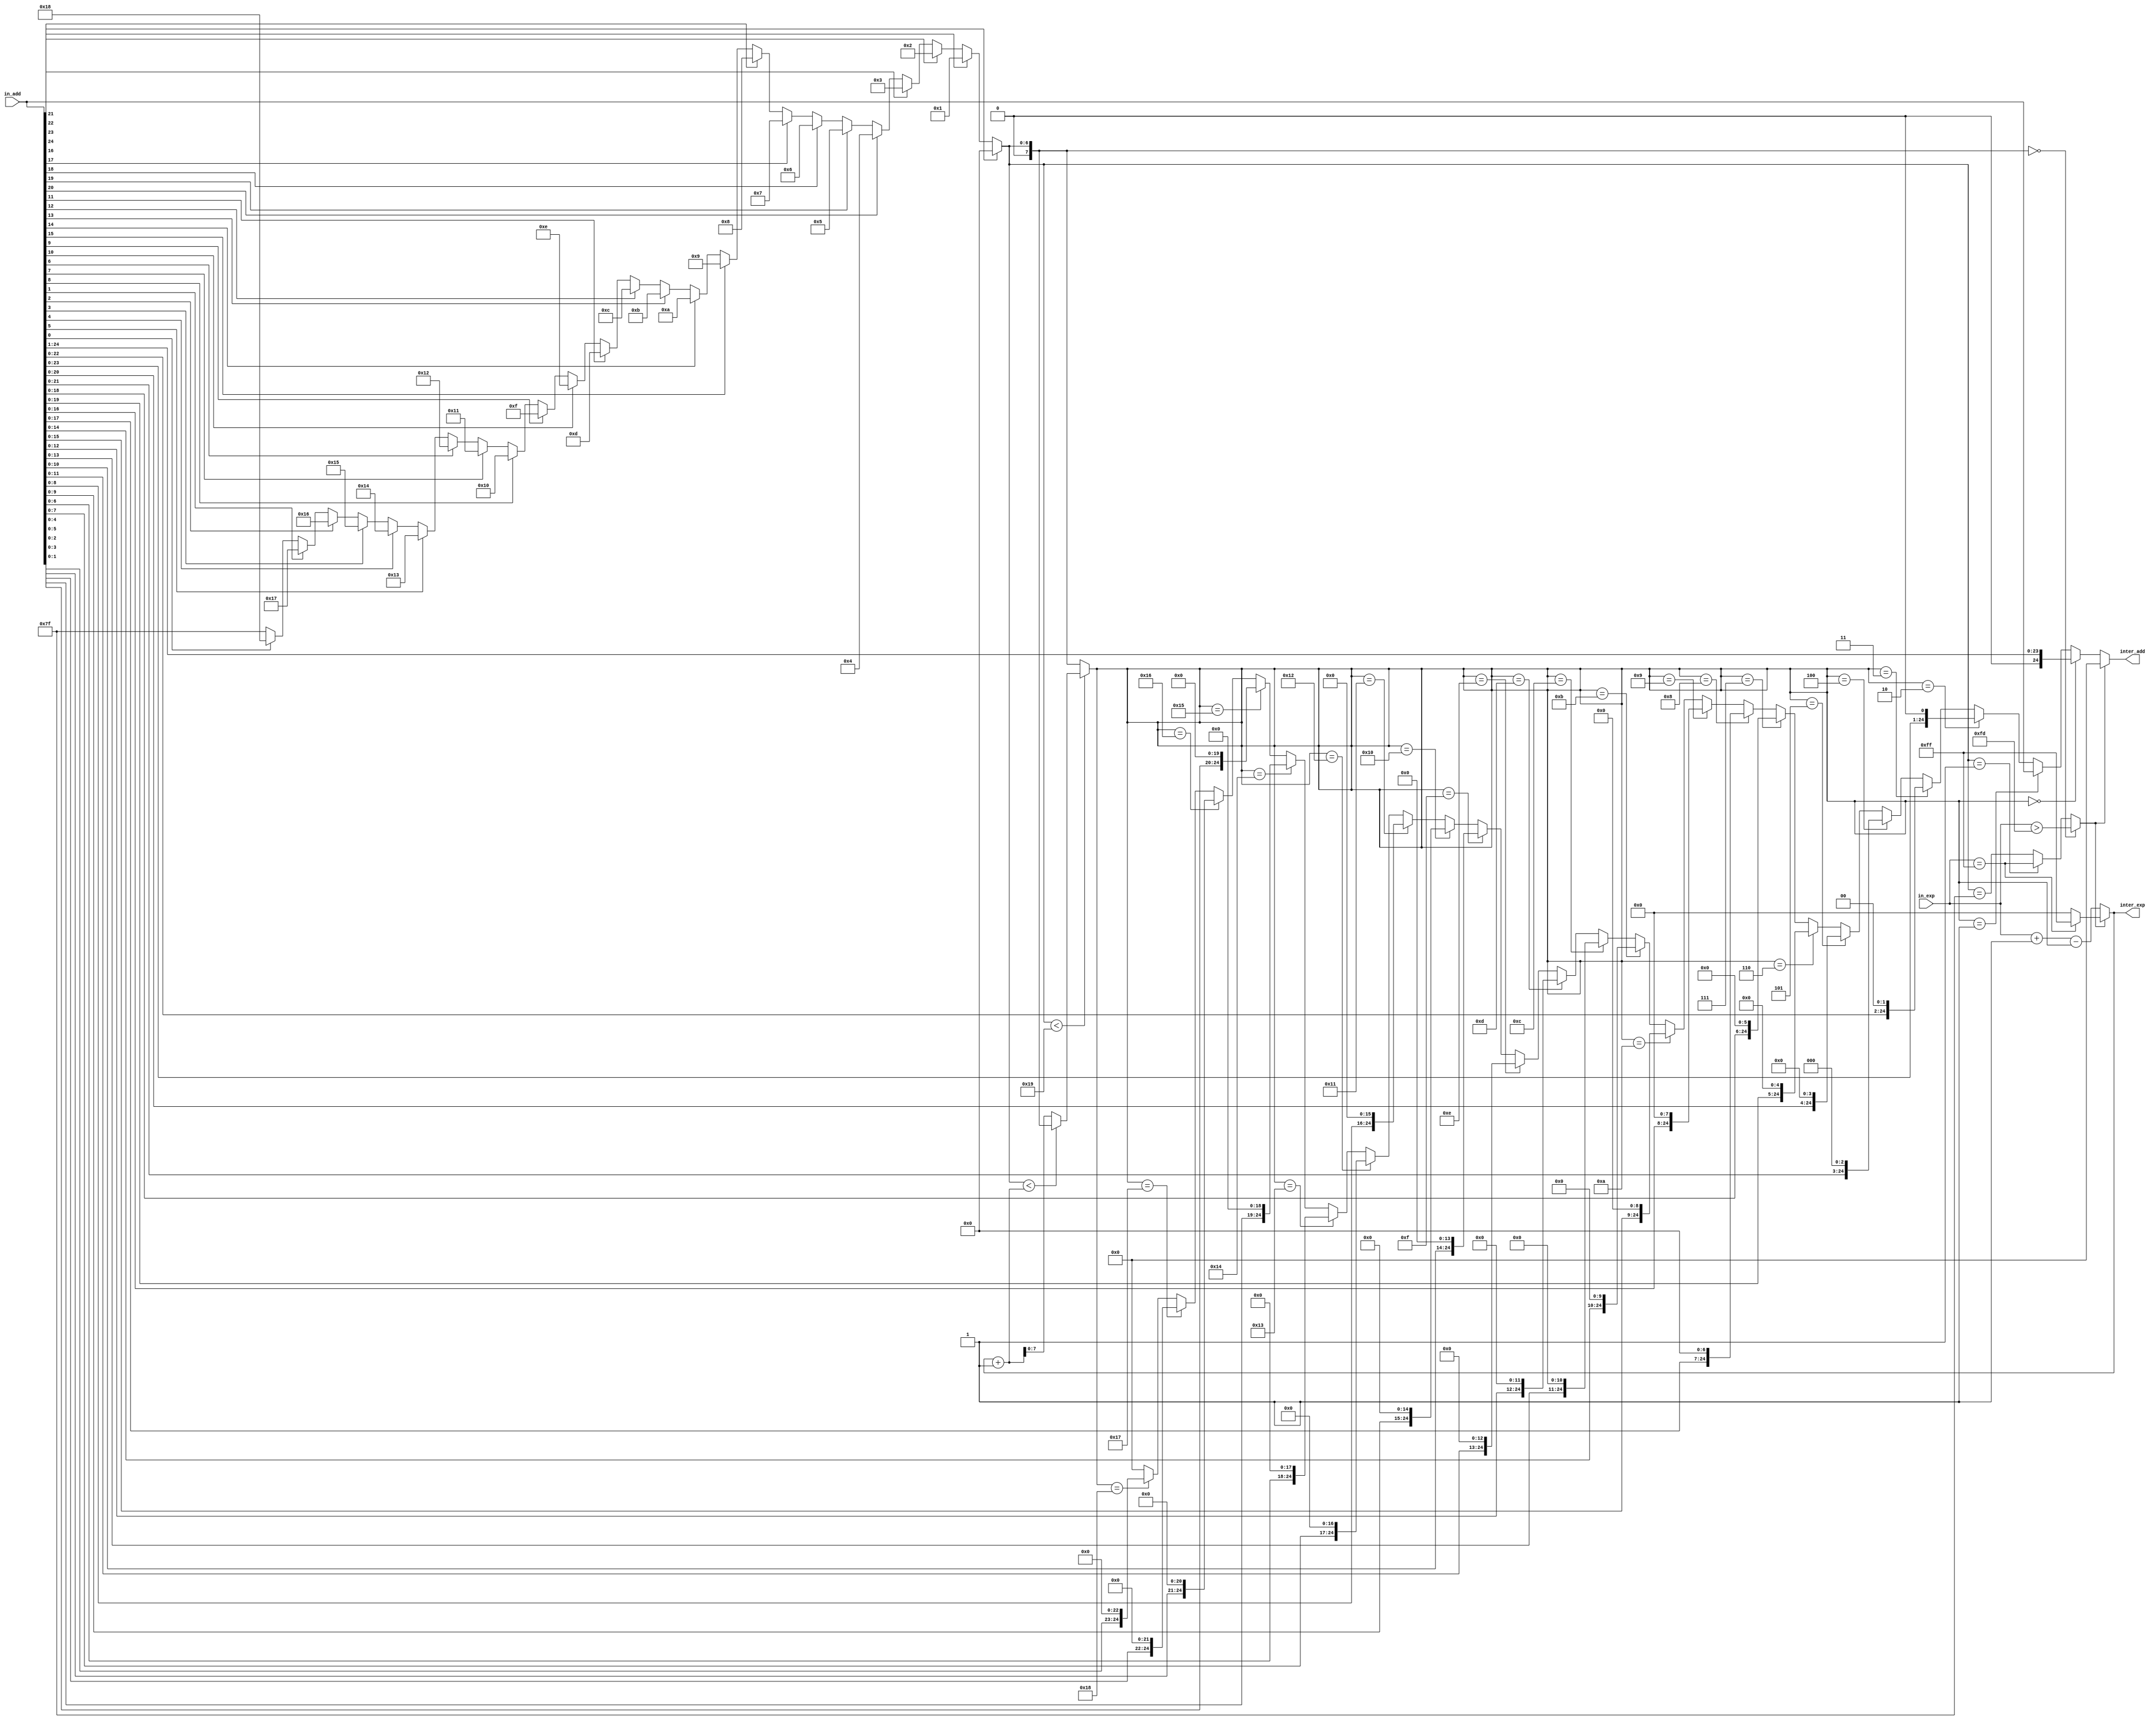
`timescale 1ns / 1ps

module shifts(
input [24:0] in_add,
input [7:0] in_exp,
output [24:0] inter_add,
output [7:0] inter_exp
);
wire [24:0] mid_add;
wire [8:0] mid_exp;
wire [7:0] diff2, diff;
wire all_0;

assign diff2= (in_add[24])?0:(in_add[23])?1:(in_add[22])?2:(in_add[21])?3:
(in_add[20])?4:(in_add[19])?5:(in_add[18])?6:(in_add[17])?7:(in_add[16])?8:
(in_add[15])?9:(in_add[14])?10:(in_add[13])?11:(in_add[12])?12:(in_add[11])?13:
(in_add[10])?14:(in_add[9])?15:(in_add[8])?16:(in_add[7])?17:(in_add[6])?18:
(in_add[5])?19:(in_add[4])?20:(in_add[3])?21:(in_add[2])?22:(in_add[1])?23:
(in_add[0])?24:127;
assign all_0= (diff2==0)?(in_exp>253):(diff2==1)?(in_exp==255):(diff2==127);
assign diff= (diff2<25)?((diff2<(inter_exp+1))?diff2:inter_exp+1):diff2;
assign mid_add= (diff==0)?{1'b0,in_add[24:1]}:(diff==1)?in_add:
(diff==2)?{in_add[23:0],1'd0}:(diff==3)?{in_add[22:0],2'd0}:
(diff==4)?{in_add[21:0],3'd0}:(diff==5)?{in_add[20:0],4'd0}:
(diff==6)?{in_add[19:0],5'd0}:(diff==7)?{in_add[18:0],6'd0}:
(diff==8)?{in_add[17:0],7'd0}:(diff==9)?{in_add[16:0],8'd0}:
(diff==10)?{in_add[15:0],9'd0}:(diff==11)?{in_add[14:0],10'd0}:
(diff==12)?{in_add[13:0],11'd0}:(diff==13)?{in_add[12:0],12'd0}:
(diff==14)?{in_add[11:0],13'd0}:(diff==15)?{in_add[10:0],14'd0}:
(diff==16)?{in_add[9:0],15'd0}:(diff==17)?{in_add[8:0],16'd0}:
(diff==18)?{in_add[7:0],17'd0}:(diff==19)?{in_add[6:0],18'd0}:
(diff==20)?{in_add[5:0],19'd0}:(diff==21)?{in_add[4:0],20'd0}:
(diff==22)?{in_add[3:0],21'd0}:(diff==23)?{in_add[2:0],22'd0}:
(diff==24)?{in_add[1:0],23'd0}:0;
assign mid_exp= in_exp+1-diff;
assign inter_add= (all_0)?0:mid_add;
assign inter_exp= (all_0)?(in_exp==255)?255:0:mid_exp[7:0];

endmodule